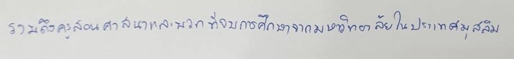
รวมถึงครูสอนศาสนาและพวกที่จบการศึกษาจากมหาวิทยาลัยในประเทศมุสลิม